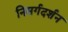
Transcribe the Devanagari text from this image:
निसर्गदर्शन